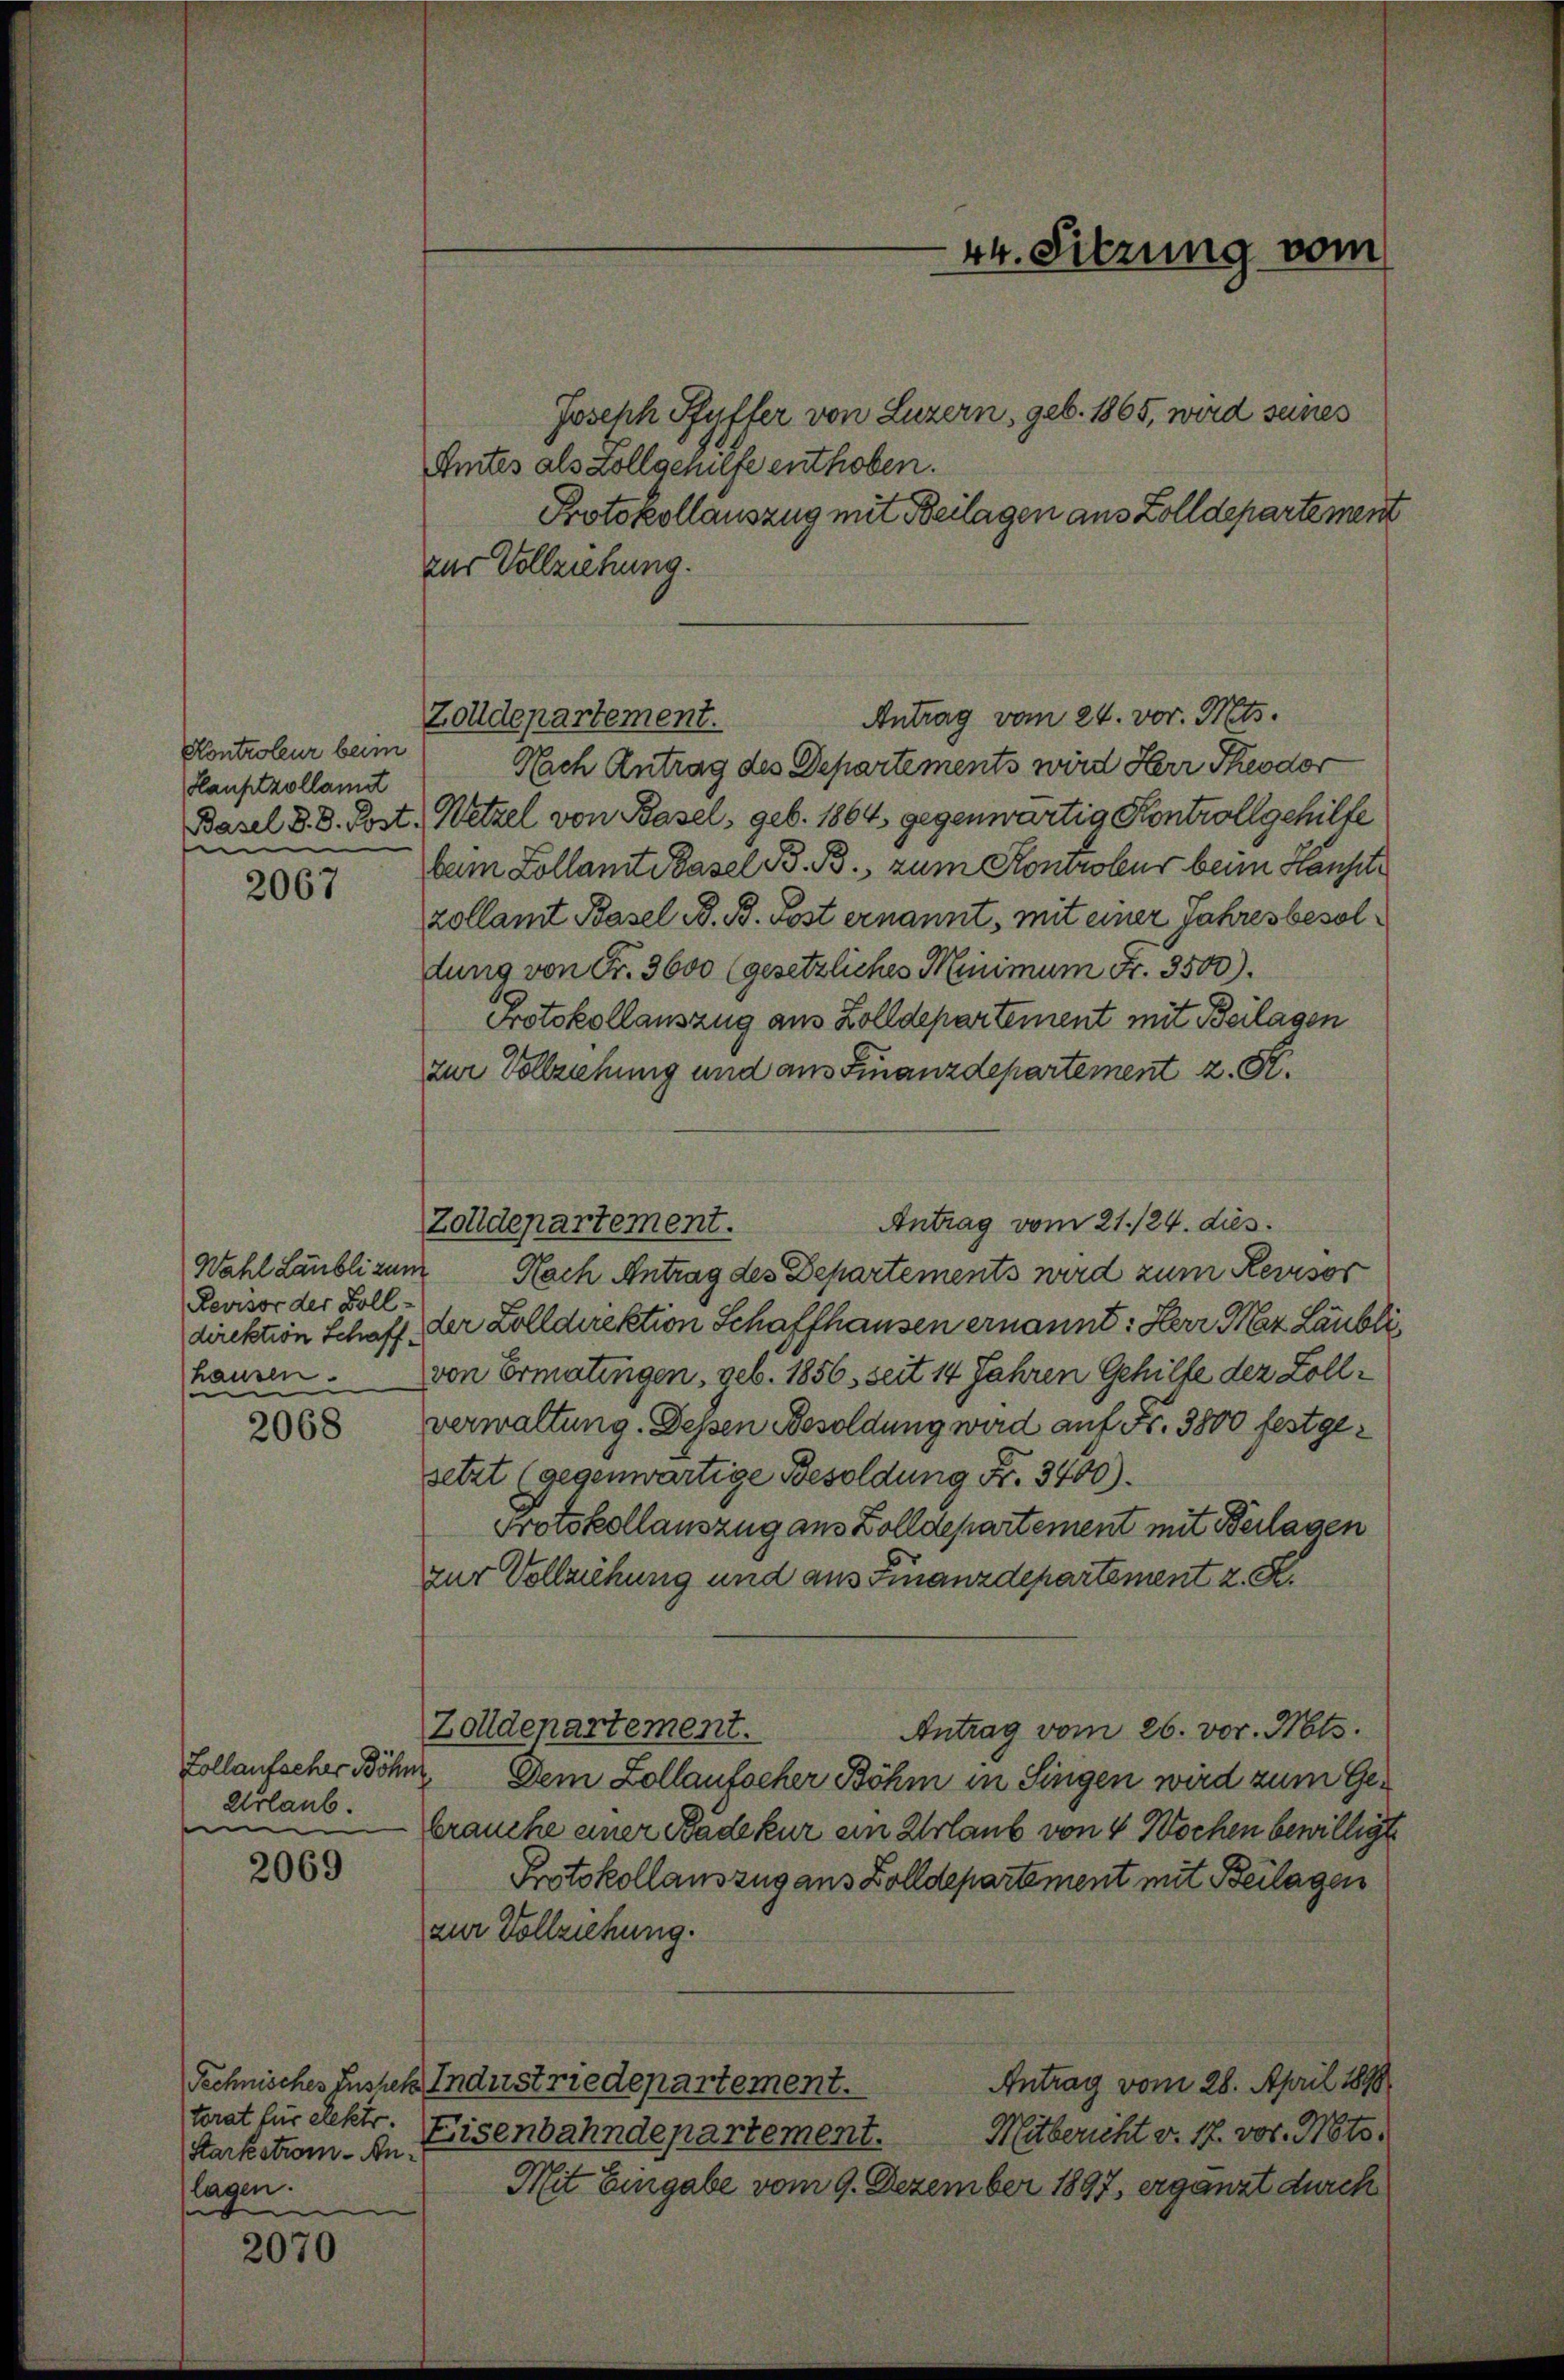
Kontroleur beim
Hauptzollamit
Basel d. 8. Post
i

2067

Revisor der Vollhausen.
e

2068

Collaufscher Böhn
Urlaub.
u

2069

torat für elektr.
Starkstrom-Anlagen.
e

2070

Joseph Pfyffer von Luzern, geb. 1865, wird seines
Amtes als Zollgehülfe enthoben.
Protokollauszug mit Beilagen aus Zolldepartement
zur Vollziehung.

Zolldepartement.

Zolldepartement.

44. Sitzung vom

Antrag vom 24. vor. Mts.
Nach Antrag des Departements wird Herr Theodor
Wetzel von Basel, geb. 1864, gegenwärtig Kontroll gehilfe
beim Kollamt Basel B. B., zum Kontrober beim Hausch
zollamt Basel d. B. Post ernannt, mit einer Jahresbesoldung von Fr. 3600 (gesetzliches Minimum Fr. 3500).
Protokollauszug aus Zolldepartement mit Beilagen
zur Vollziehung und aus Finanzdepartement z. R.
Antrag vom 21./24. dies
Wahl Laubli zum Nach Antrag des Departements wird zum Revisor
direktion Schaff der Zolldirektion Schaffhausen ernannt: Herr Maz Läubli,
von Ermatingen, geb. 1856 seit 14 Jahren Gehilfe der Zollverwaltung. Dessen Besoldung wird auf Fr. 3800 festgesetzt (gegenwärtige Besoldung Fr. 3400).
Protokollauszug aus Zolldepartement mit Beilagen
zur Vollziehung und aus Finanzdepartement z. S.
Zolldepartement.
Antrag vom 26. vor. Mts.
Dem Zollaufscher Böhm in Singen wird zum Gebrauche einer Bade kur ein Urlaub von 4 Wochen bewilligt
Protokollauszug aus Zolldepartement mit Beilagen
zur Vollziehung.
Antrag vom 28. April 1890
Technisches Sustehe Industriedepartement.
Mitbericht v. 17. vor. Mts.
Eisenbahndepartement.
Mit Eingabe vom 9. Dezember 1897, ergänzt durch